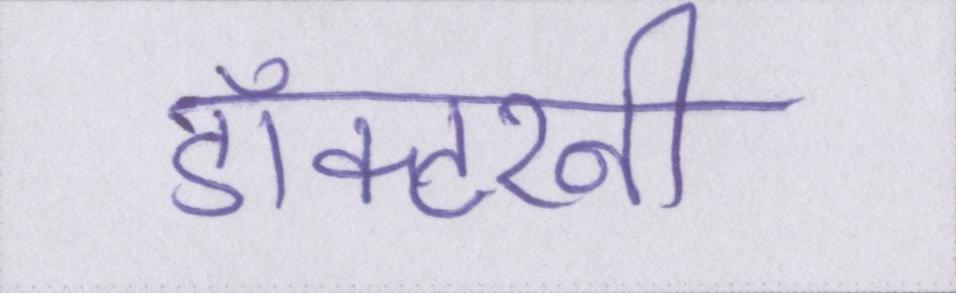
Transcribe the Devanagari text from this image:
डॉक्टरनी